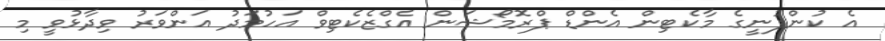
އެ ކުންފުނީގެ މާކެޓިން އެންޑް ޕްރޮމޯޝަން އެގްޒެކެޓިވް އަހުމަދު އަންވަރު ވިދާޅުވީ މި